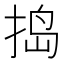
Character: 捣